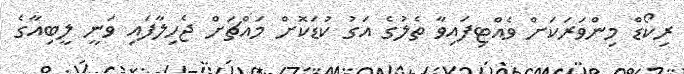
ރިކޯޑް މިންވަރަކަށް ވެއްޓިފައިވާ ތެލުގެ އަގު ކުޑަކޮށް މައްޗަށް ޖެހިލާފައި ވަނީ ލީބިއާގެ